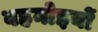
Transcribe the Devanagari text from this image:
बहनोइयों